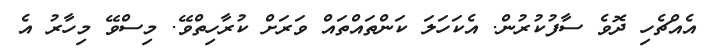
އެއްޗެހި ދޮވެ ސާފުކުރުން. އެކަހަލަ ކަންތައްތައް ވަރަށް ކުރާހިތްވޭ. މިސްވޭ މިހާރު އެ